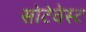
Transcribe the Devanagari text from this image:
सोटेवेस्ट